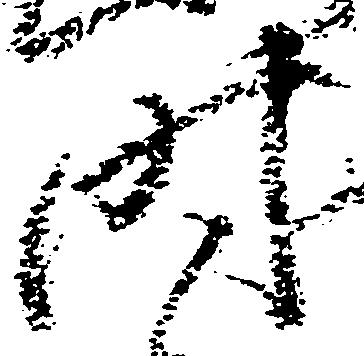
時